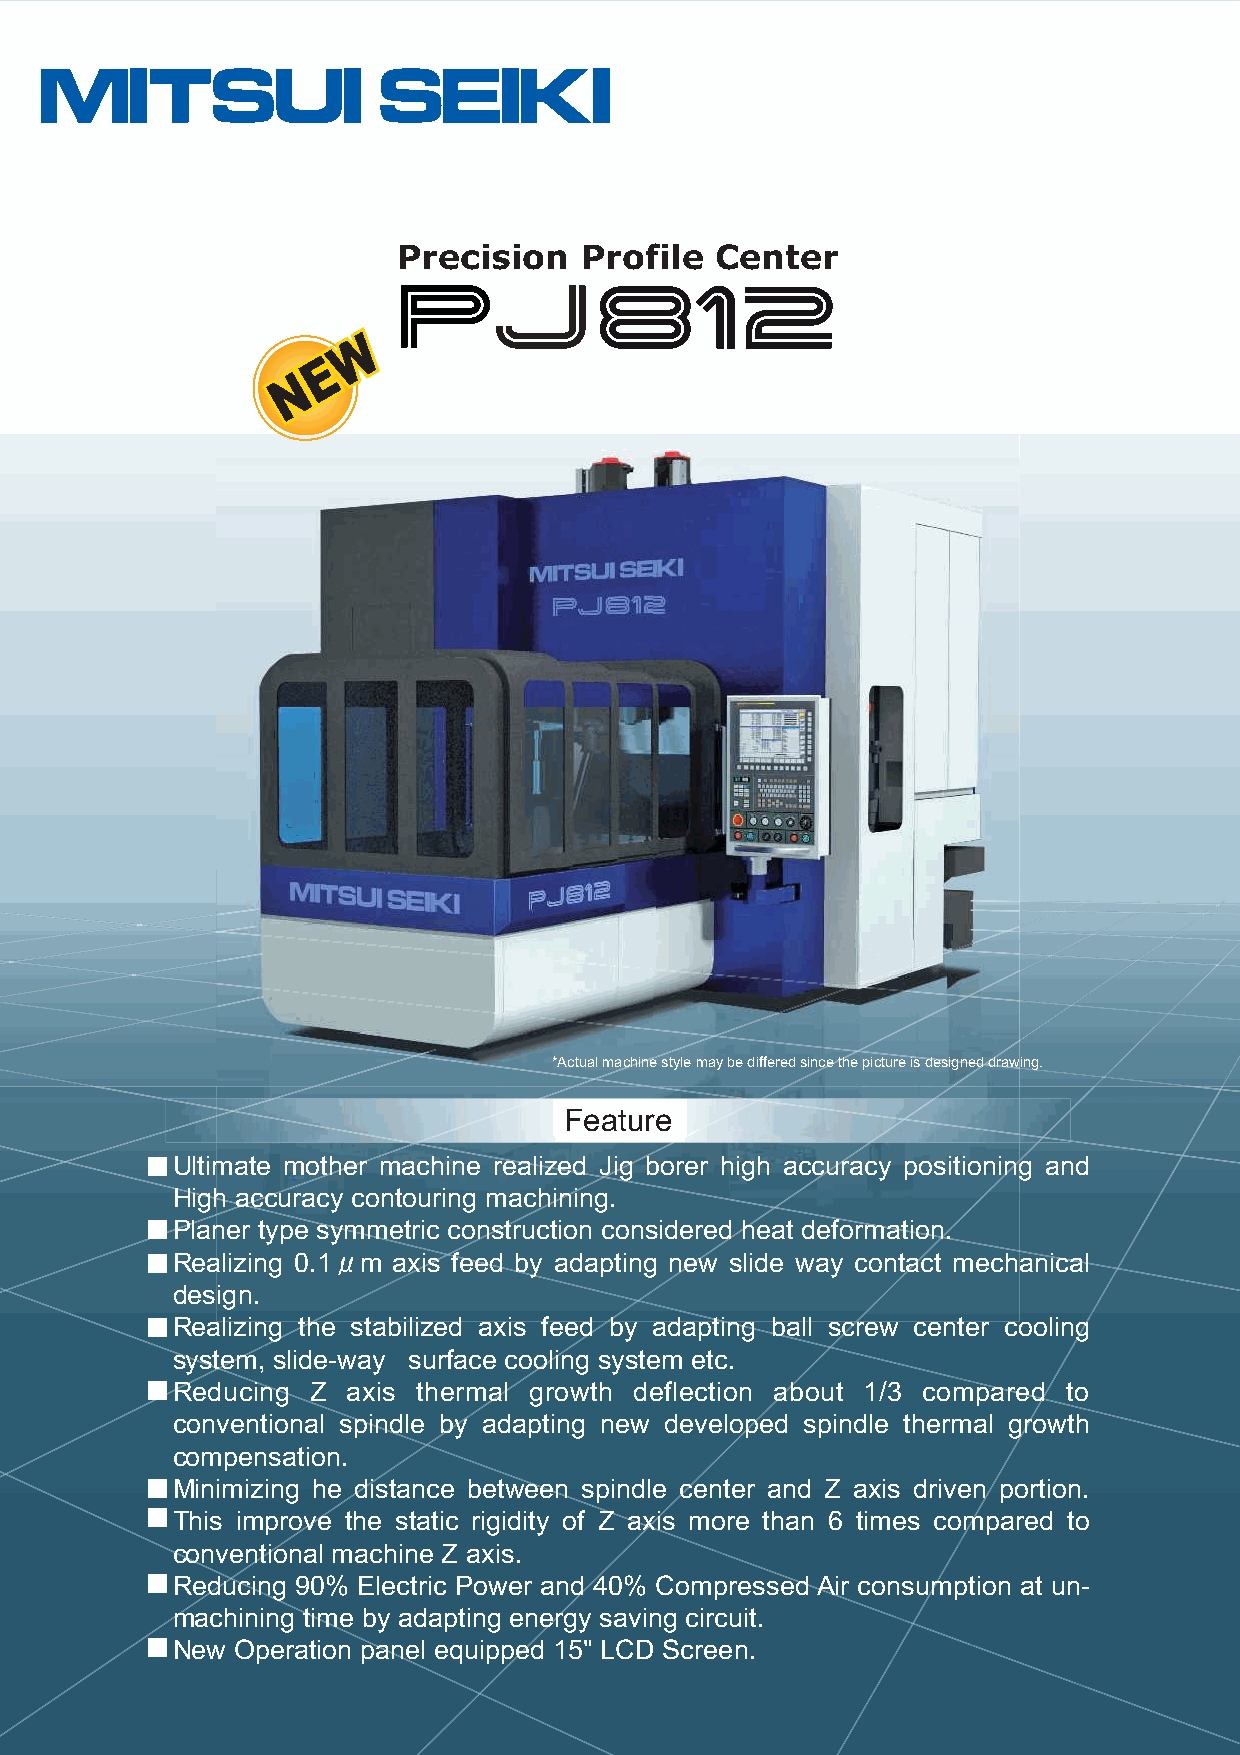
Precision   Profile  Center
 *Actual machine style may be differed since the picture is designed drawing.
 Feature
 Ultimate mother machine realized Jig borer high accuracy positioning and
 High accuracy contouring machining.
 Planer type symmetric construction considered heat deformation.
 Realizing 0.1μm axis feed by adapting new slide way contact mechanical
 design.
 Realizing the stabilized axis feed by adapting ball screw center cooling
 system, slide-way surface cooling system etc.
 Reducing  Z axis thermal growth deflection about 1/3 compared to
 conventional spindle by adapting new developed spindle thermal growth
 compensation.
 Minimizing he distance between spindle center and Z axis driven portion.
 This improve the static rigidity of Z axis more than 6 times compared to
 conventional machine Z axis.
 Reducing 90% Electric Power and 40% Compressed Air consumption at un-
 machining time by adapting energy saving circuit.
 New  Operation panel equipped 15" LCD Screen.